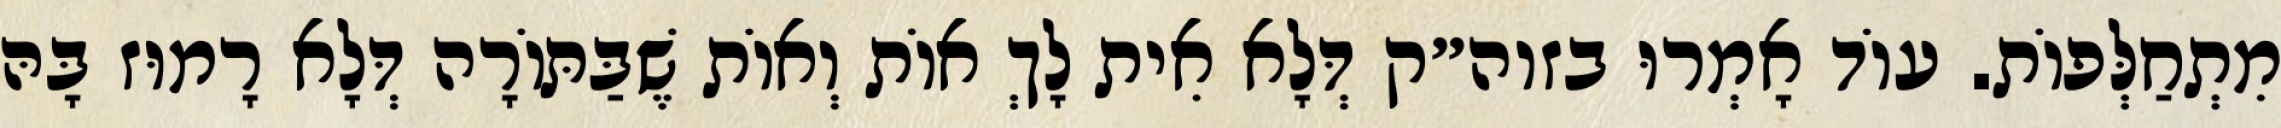
מִתְחַלְּפוֹת. עוֹד אָמְרוּ בזוה״ק דְּלָא אִית לָךְ אוֹת וְאוֹת שֶׁבַּתּוֹרָה דְּלָא רָמוּז בָּהּ